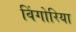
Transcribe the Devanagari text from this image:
विंगोरिया